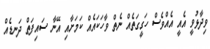
ވިދާޅުވީ އެއީ އެއްވެސް ހަގީގަތެއް ނެތް ވާހަކައެއް ކަމަށާއި އޭނާ ސައިފަތް ދަނޑެއް